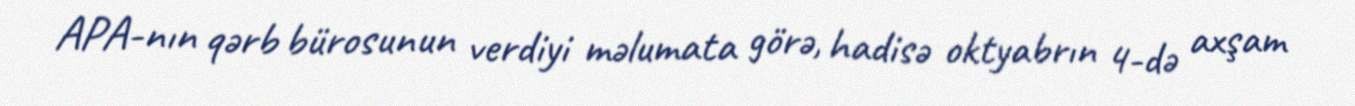
APA-nın qərb bürosunun verdiyi məlumata görə, hadisə oktyabrın 4-də axşam